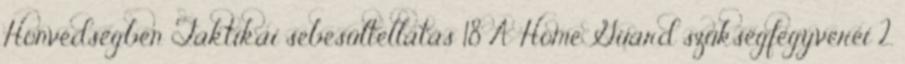
Honvédségben Taktikai sebesültellátás 18 A Home Guard szükségfegyverei 2.